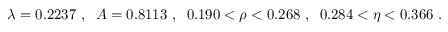
\lambda = 0 . 2 2 3 7 \ , \; \; A = 0 . 8 1 1 3 \ , \; \; 0 . 1 9 0 < \rho < 0 . 2 6 8 \ , \; \; 0 . 2 8 4 < \eta < 0 . 3 6 6 \ .